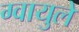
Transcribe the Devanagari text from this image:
ग्वायुले